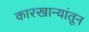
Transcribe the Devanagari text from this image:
कारखान्यांतून